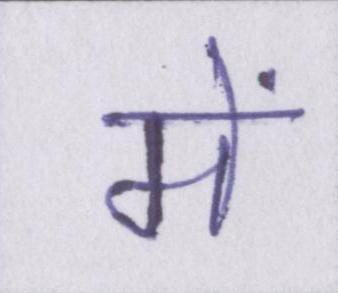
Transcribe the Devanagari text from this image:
में